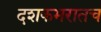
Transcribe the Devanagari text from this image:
दशकभरातच